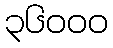
၃၆၀၀၀